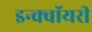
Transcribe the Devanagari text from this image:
इन्क्वॉयरी